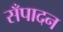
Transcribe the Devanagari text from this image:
सँपादन